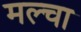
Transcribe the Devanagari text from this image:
मल्‍चा